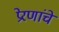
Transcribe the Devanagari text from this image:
प्रेरणांचे